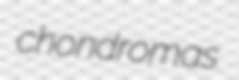
chondromas